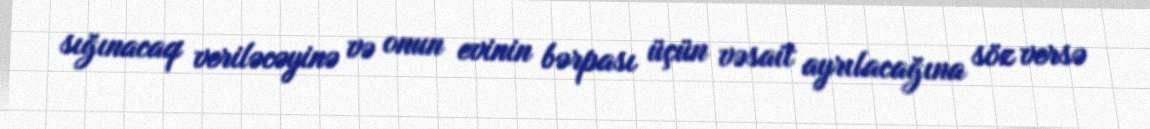
sığınacaq veriləcəyinə və onun evinin bərpası üçün vəsait ayrılacağına söz versə